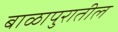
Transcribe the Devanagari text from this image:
बाळापुरातील